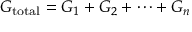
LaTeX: G _ { \mathrm { t o t a l } } = G _ { 1 } + G _ { 2 } + \cdots + G _ { n }